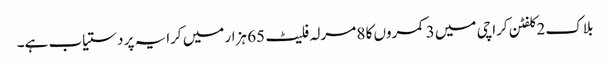
بلاک 2 کلفٹن کراچی میں 3 کمروں کا 8 مرلہ فلیٹ 65 ہزار میں کرایہ پر دستیاب ہے۔